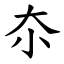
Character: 夵